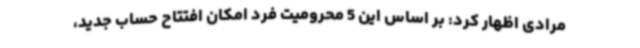
مرادی اظهار کرد: بر اساس این 5 محرومیت فرد امکان افتتاح حساب جدید،